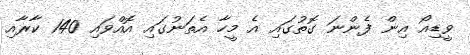
ވީޑިއޯ އިން ފެންނަ ގޮތުގައި އެ މީހާ އެތަނުގައި އޮއްވައި 140 ކާރާއި